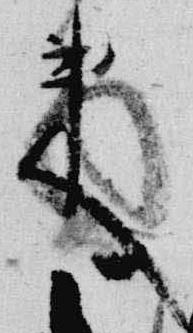
来